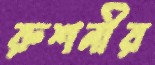
রুশনীর